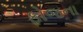
ફોજના